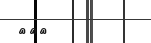
١٦١